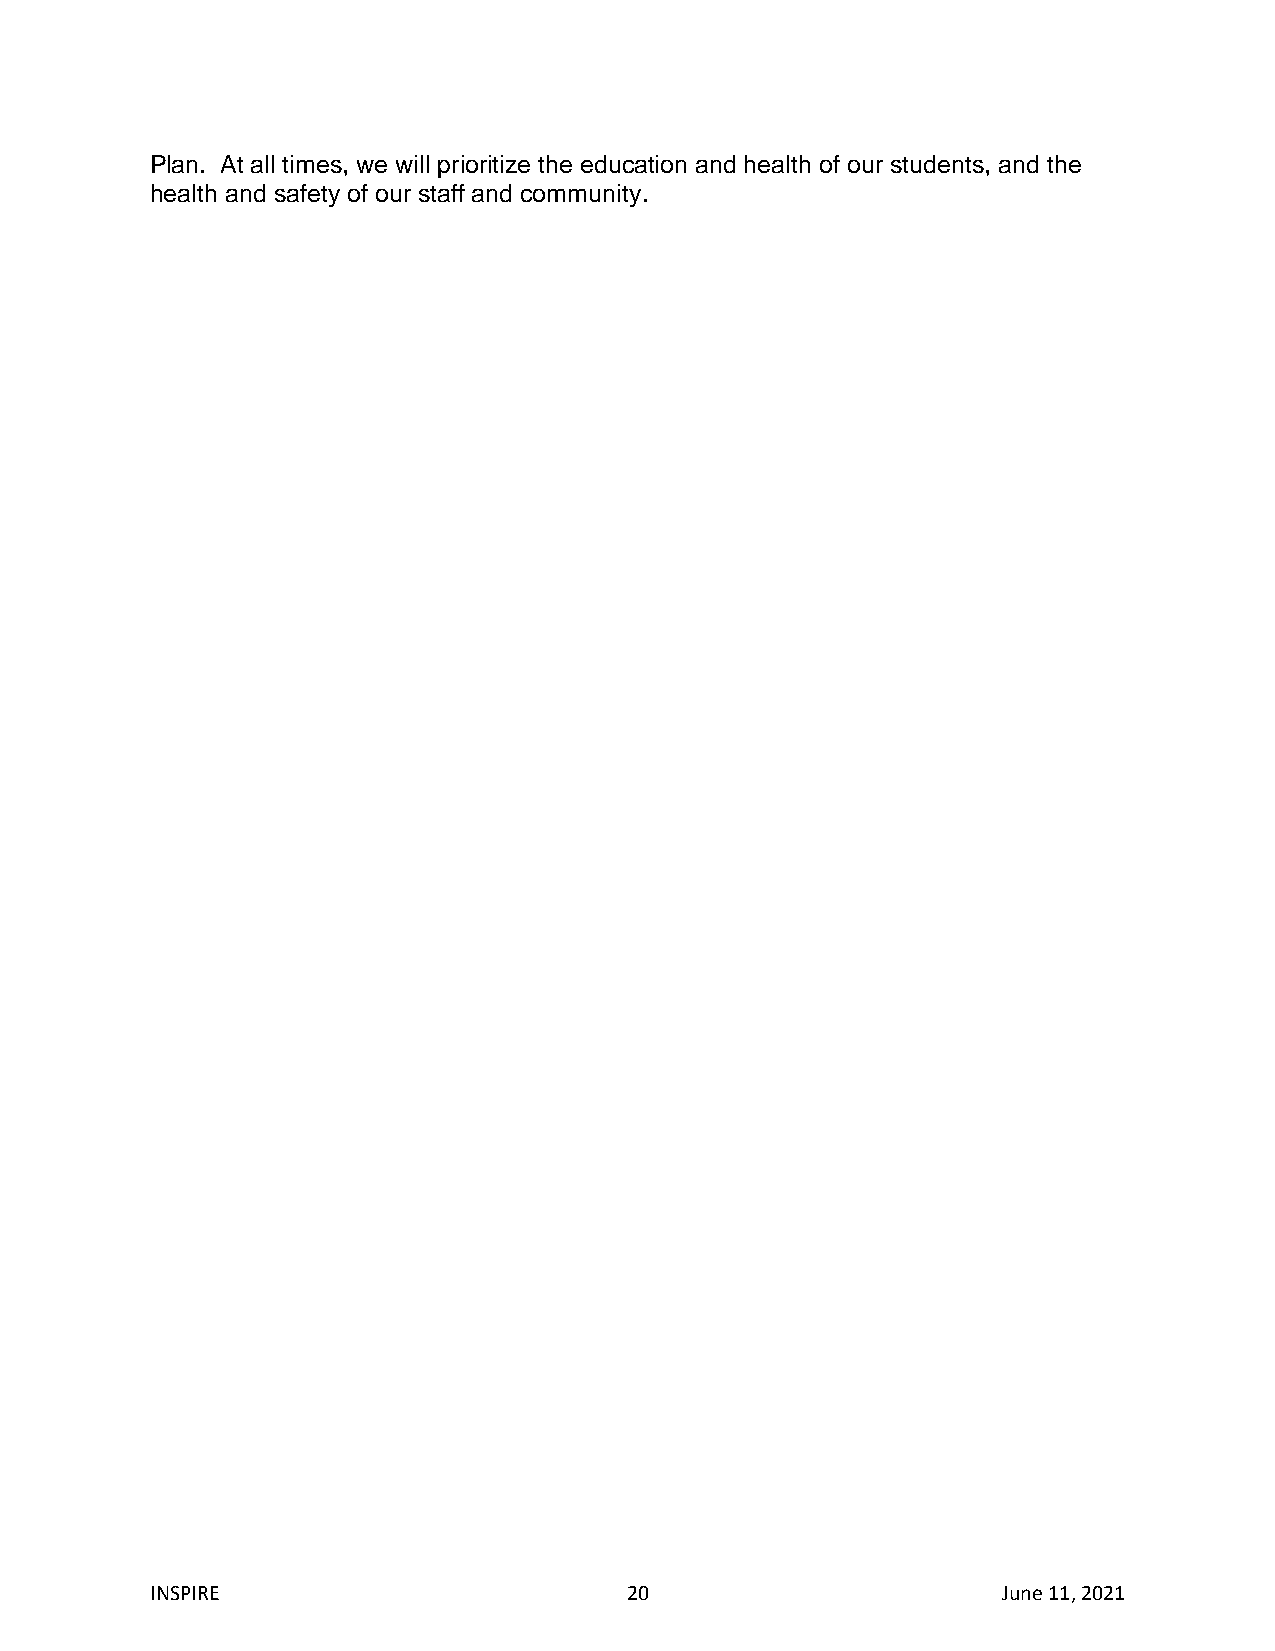
Plan. At all times, we will prioritize the education and health of our students, and the
 health and safety of our staff and community.
 INSPIRE                        20                       June 11, 2021